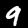
Label: 9